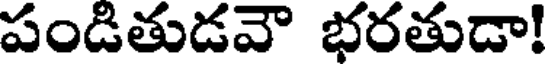
పండితుడవౌ భరతుడా!